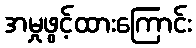
အမှုဖွင့်ထားကြောင်း